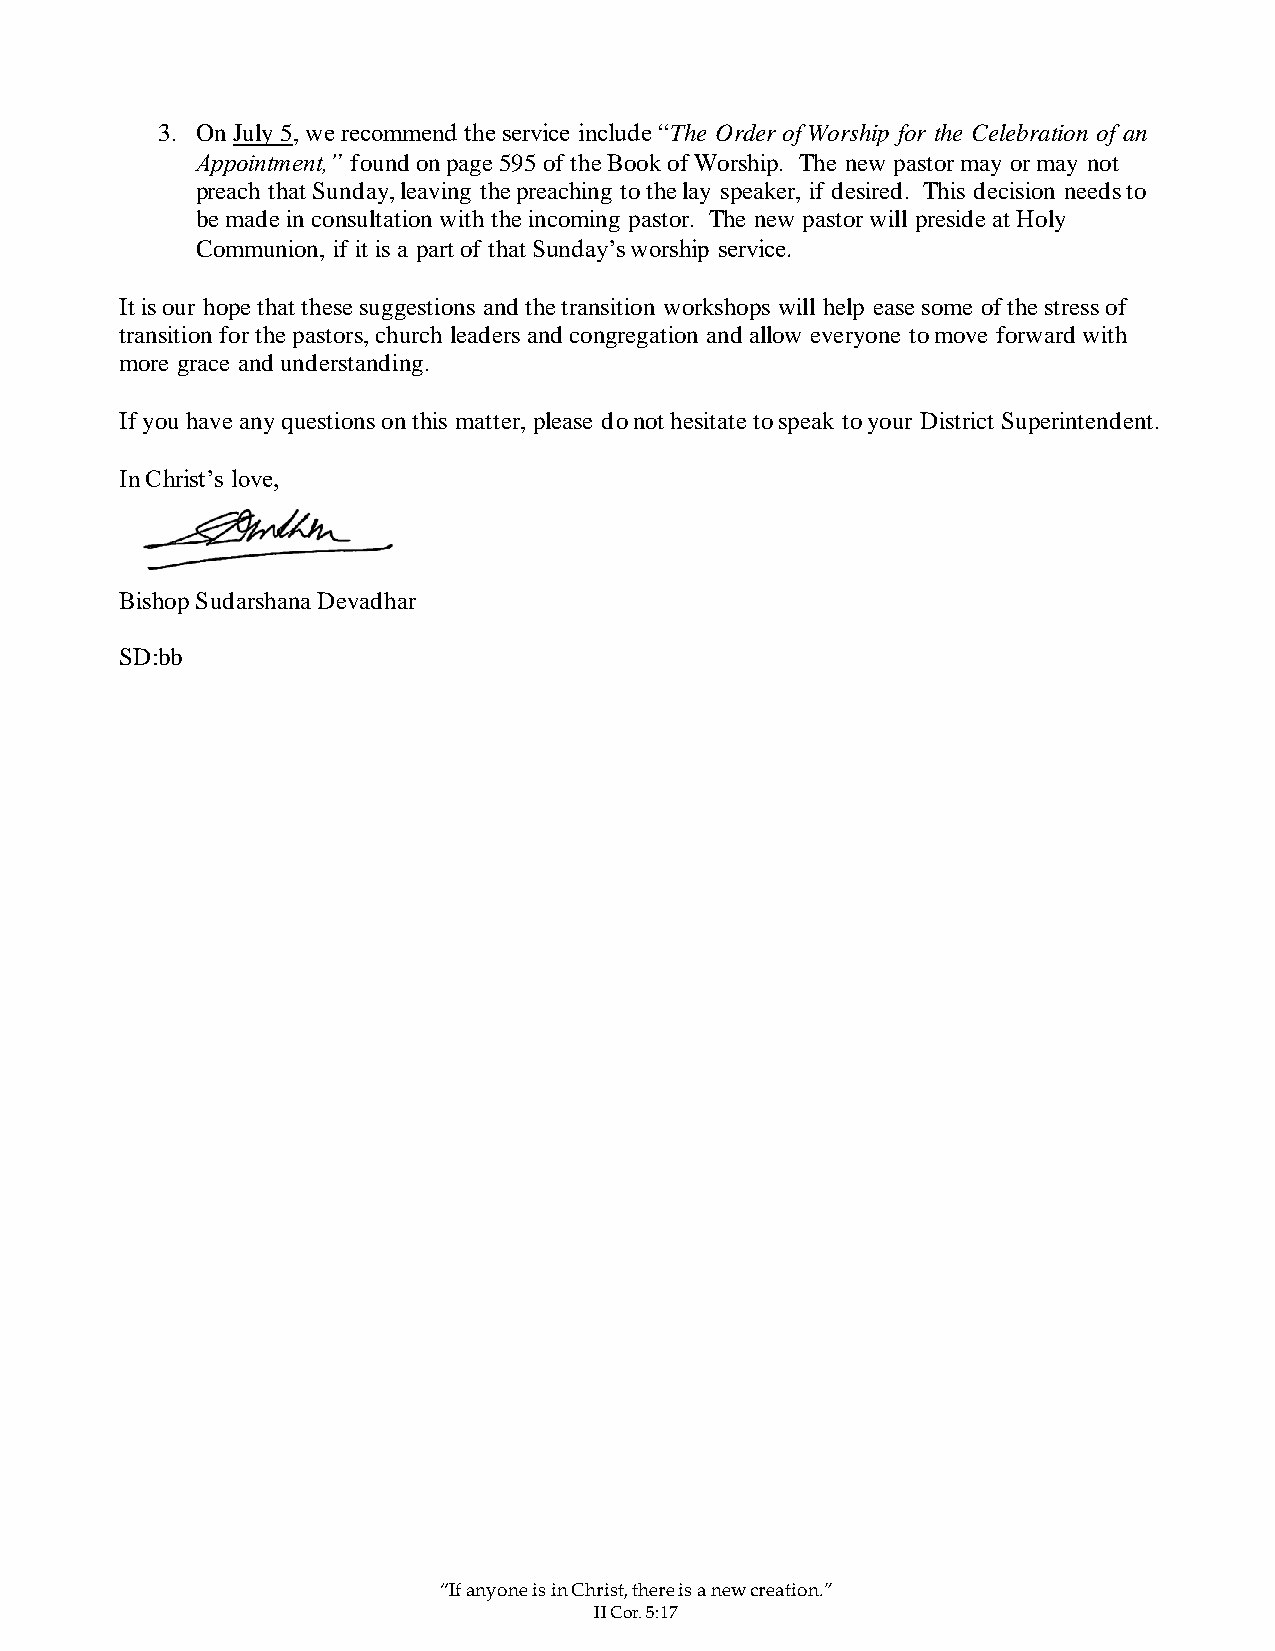
3. On July 5, we recommend the service include “The Order of Worship for the Celebration of an
 Appointment,” found on page 595 of the Book of Worship. The new pastor may or may not
 preach that Sunday, leaving the preaching to the lay speaker, if desired. This decision needs to
 be made in consultation with the incoming pastor. The new pastor will preside at Holy
 Communion, if it is a part of that Sunday’s worship service.
 It is our hope that these suggestions and the transition workshops will help ease some of the stress of
 transition for the pastors, church leaders and congregation and allow everyone to move forward with
 more grace and understanding.
 If you have any questions on this matter, please do not hesitate to speak to your District Superintendent.
 In Christ’s love,
 Bishop Sudarshana Devadhar
 SD:bb
 “If anyone is in Christ, there is a new creation.”
 II Cor. 5:17